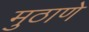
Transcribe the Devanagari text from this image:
मुठाणे